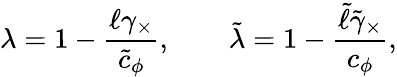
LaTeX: \lambda=1-\frac{\ell\gamma_{\times}}{\tilde{c}_{\phi}},\qquad\tilde{\lambda}=1-\frac{\tilde{\ell}\tilde{\gamma}_{\times}}{c_{\phi}},